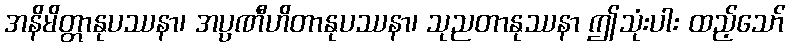
အနိမိတ္တာနုပဿနာ၊ အပ္ပဏီဟိတာနုပဿနာ၊ သုညတာနုဿနာ ဤသုံးပါး ထည့်သော်